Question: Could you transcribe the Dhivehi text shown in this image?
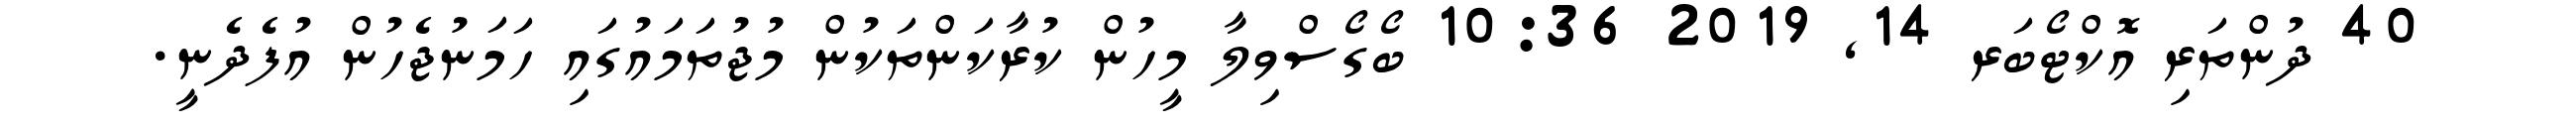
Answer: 40 ދުންތަރި އޮކްޓޯބަރ 14, 2019 10:36 ބޯގޯސްވިލާ މީހުން ކުރާކަންތަކުން މުޖުތަމައުގައި ހަމަނުޖެހުން އުފެދެނީ.